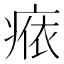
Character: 𤷴